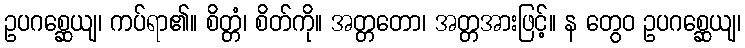
ဥပဂစ္ဆေယျ၊ ကပ်ရာ၏။ စိတ္တံ၊ စိတ်ကို။ အတ္တတော၊ အတ္တအားဖြင့်။ န တွေဝ ဥပဂစ္ဆေယျ၊